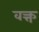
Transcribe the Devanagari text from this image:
वक्त्त